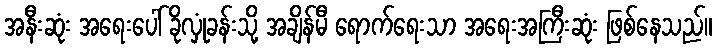
အနီးဆုံး အရေးပေါ် ခိုလှုံခန်းသို့ အချိန်မီ ရောက်ရေးသာ အရေးအကြီးဆုံး ဖြစ်နေသည်။